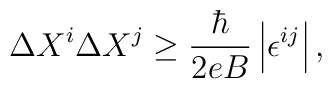
\Delta X^{i}\Delta X^{j}\geq\frac{\hbar}{2eB}\left|  \epsilon^{ij}\right|,